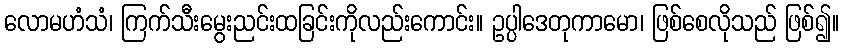
လောမဟံသံ၊ ကြက်သီးမွေးညင်းထခြင်းကိုလည်းကောင်း။ ဥပ္ပါဒေတုကာမော၊ ဖြစ်စေလိုသည် ဖြစ်၍။